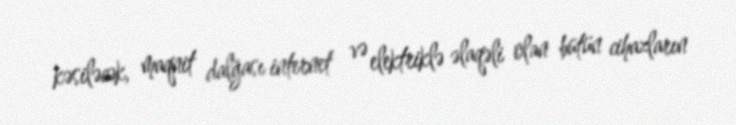
kəsiləcək, maqnit dalğası internet və elektriklə əlaqəli olan bütün cihazların